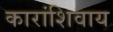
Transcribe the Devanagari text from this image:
कारांशिवाय